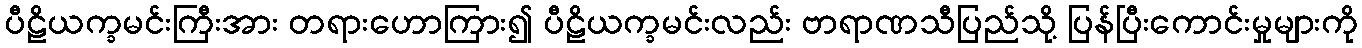
ပီဠိယက္ခမင်းကြီးအား တရားဟောကြား၍ ပီဠိယက္ခမင်းလည်း ဗာရာဏသီပြည်သို့ ပြန်ပြီးကောင်းမှုများကို